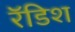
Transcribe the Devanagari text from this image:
रॅडिश